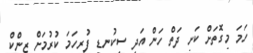
ހަމަ މިގޮތަށް ކަށި ދަތް ހަން އަދި ސިކުނޑި ފުރިހަމަ ކުރުމަށް ޒިންކް